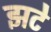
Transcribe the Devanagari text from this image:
झटे